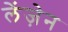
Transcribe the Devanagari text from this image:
लेंज़ेन